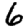
Digit: 6